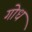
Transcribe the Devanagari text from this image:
गोध